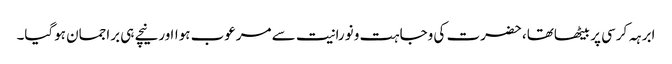
ابرہہ کرسی پر بیٹھاتھا، حضرت کی وجاہت و نورانیت سے مرعوب ہوااورنیچے ہی براجمان ہوگیا۔